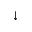
\downarrow